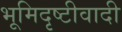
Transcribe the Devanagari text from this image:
भूमिदृष्टीवादी